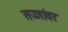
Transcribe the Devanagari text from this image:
सज्जांवर